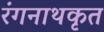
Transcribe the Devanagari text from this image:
रंगनाथकृत